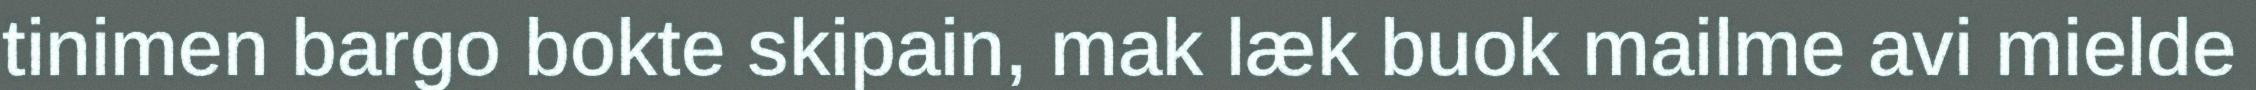
tinimen bargo bokte skipain, mak læk buok mailme avi mielde